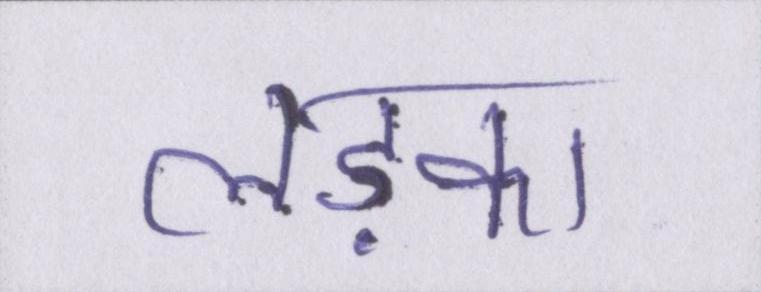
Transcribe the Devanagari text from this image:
लड़का